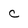
Character: c